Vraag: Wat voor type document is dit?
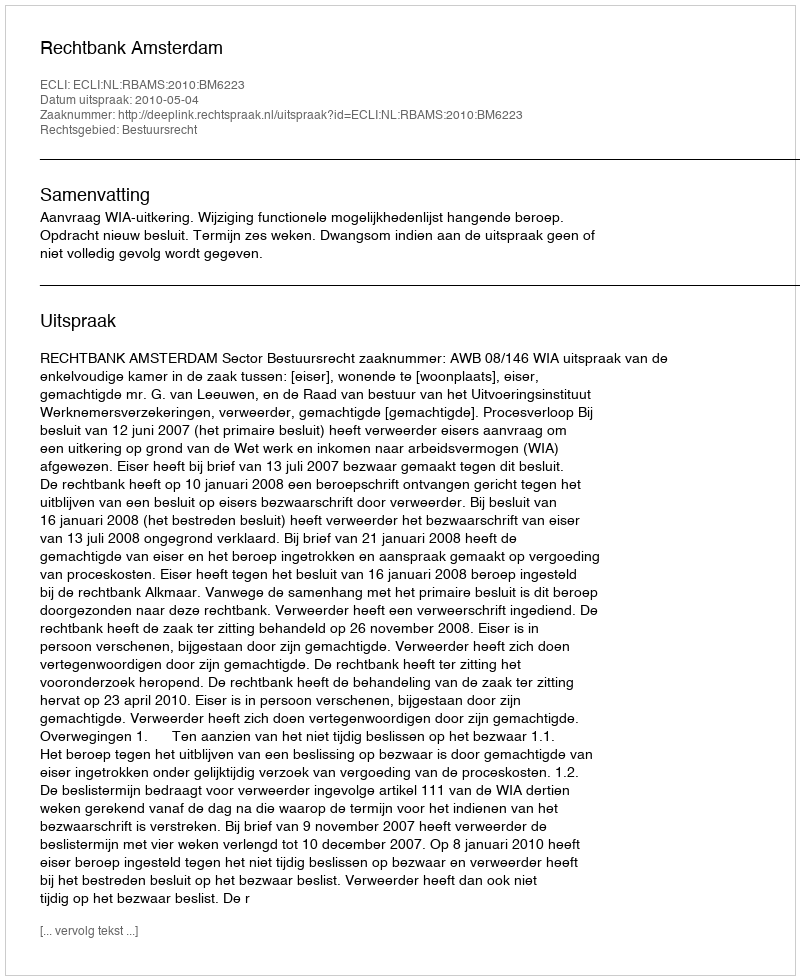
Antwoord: Uitspraak